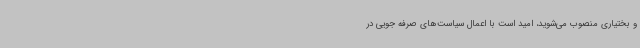
و بختیاری منصوب می‌شوید، امید است با اعمال سیاست‌های صرفه جویی در